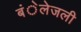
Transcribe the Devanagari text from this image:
बंेलेजली